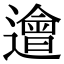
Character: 𨗥